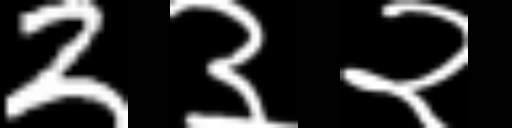
Text: 2३२